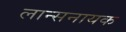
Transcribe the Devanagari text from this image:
लान्सनायक